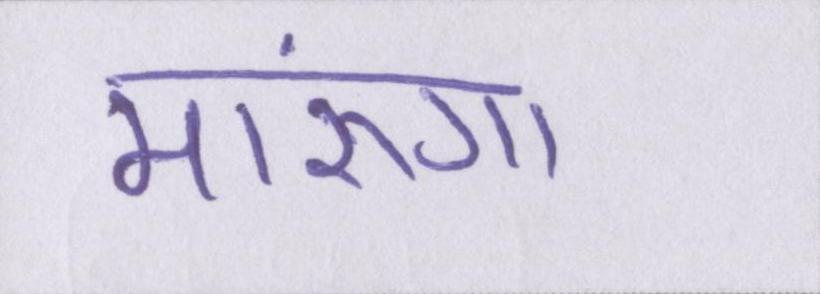
मारूंगा